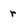
Character: r